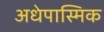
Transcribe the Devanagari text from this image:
अधेपास्मिक